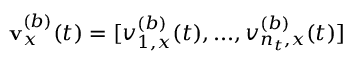
\mathbf v _ { x } ^ { ( b ) } ( t ) = [ v _ { 1 , x } ^ { ( b ) } ( t ) , . . . , v _ { n _ { t } , x } ^ { ( b ) } ( t ) ]